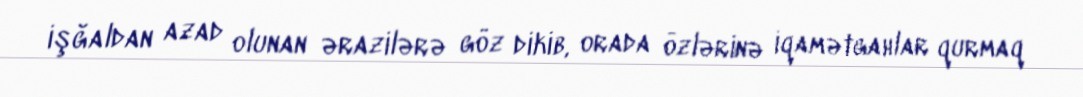
işğaldan azad olunan ərazilərə göz dikib, orada özlərinə iqamətgahlar qurmaq